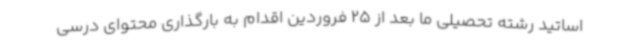
اساتید رشته تحصیلی ما بعد از 25 فروردین اقدام به بارگذاری محتوای درسی